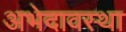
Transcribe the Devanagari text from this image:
अभेदावस्था